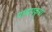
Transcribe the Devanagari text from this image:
पांढराकुडा